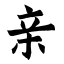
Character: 亲